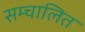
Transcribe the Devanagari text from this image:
सम्चालित